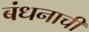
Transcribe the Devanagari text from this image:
बंधनाची